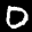
Label: 0